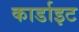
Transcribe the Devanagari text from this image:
कार्डाइट